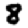
Digit: 8